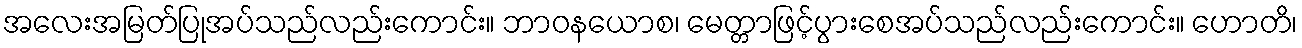
အလေးအမြတ်ပြုအပ်သည်လည်းကောင်း။ ဘာဝနယောစ၊ မေတ္တာဖြင့်ပွားစေအပ်သည်လည်းကောင်း။ ဟောတိ၊